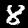
Label: 8